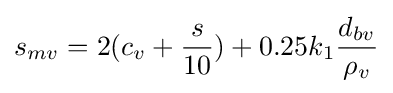
s_{mv}=2(c_{v}+{\frac {s}{10}})+0.25k_{1}{\frac {d_{bv}}{\rho _{v}}}